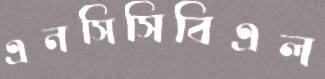
এনসিসিবিএল